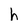
Character: h